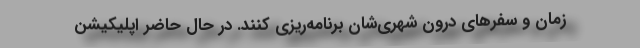
زمان و سفرهای درون شهری‌شان برنامه‌ریزی کنند. در حال حاضر اپلیکیشن